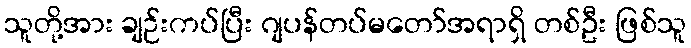
သူတို့အား ချဉ်းကပ်ပြီး ဂျပန်တပ်မတော်အရာရှိ တစ်ဦး ဖြစ်သူ